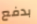
بدفع